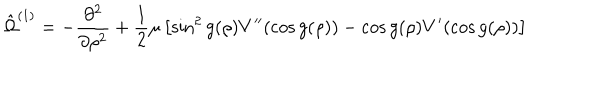
LaTeX: \hat { \Omega } ^ { ( 1 ) } = - \frac { \partial ^ { 2 } } { \partial \rho ^ { 2 } } + \frac 1 2 \mu \left[ \sin ^ { 2 } g ( \rho ) V ^ { \prime \prime } ( \cos g ( \rho ) ) - \cos g ( \rho ) V ^ { \prime } ( \cos g ( \rho ) ) \right]